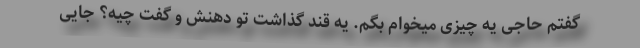
گفتم حاجی یه چیزی میخوام بگم. یه قند گذاشت تو دهنش و گفت چیه؟ جایی